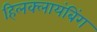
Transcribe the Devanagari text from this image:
हिलक्लायंबिंग